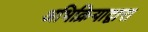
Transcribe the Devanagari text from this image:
अभिक्रियाद्वारा